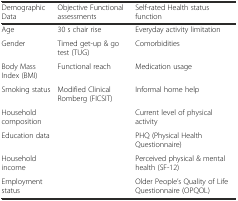
<table><thead><tr><td><b>Demographic Data</b></td><td><b>Objective Functional assessments</b></td><td><b>Self-rated Health status function</b></td></tr></thead><tbody><tr><td>Age</td><td>30 s chair rise</td><td>Everyday activity limitation</td></tr><tr><td>Gender</td><td>Timed get-up &amp; go test (TUG)</td><td>Comorbidities</td></tr><tr><td>Body Mass Index (BMI)</td><td>Functional reach</td><td>Medication usage</td></tr><tr><td>Smoking status</td><td>Modified Clinical Romberg (FICSIT)</td><td>Informal home help</td></tr><tr><td>Household composition</td><td></td><td>Current level of physical activity</td></tr><tr><td>Education data</td><td></td><td>PHQ (Physical Health Questionnaire)</td></tr><tr><td>Household income</td><td></td><td>Perceived physical &amp; mental health (SF-12)</td></tr><tr><td>Employment status</td><td></td><td>Older People’s Quality of Life Questionnaire (OPQOL)</td></tr></tbody></table>